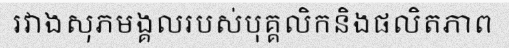
រវាងសុភមង្គលរបស់បុគ្គលិកនិងផលិតភាព